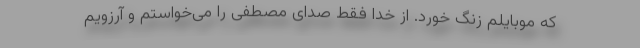
که موبایلم زنگ خورد. از خدا فقط صدای مصطفی را می‌خواستم و آرزویم